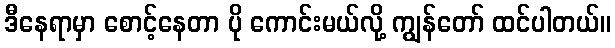
ဒီနေရာမှာ စောင့်နေတာ ပို ကောင်းမယ်လို့ ကျွန်တော် ထင်ပါတယ်။